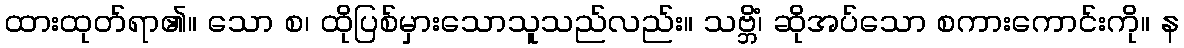
ထားထုတ်ရာ၏။ သော စ၊ ထိုပြစ်မှားသောသူသည်လည်း။ သဗ္ဘိံ၊ ဆိုအပ်သော စကားကောင်းကို။ န